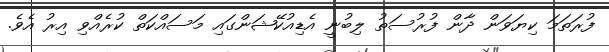
ފުރަތަމަ ކިޔަވަން ދާން ފުރުސަތު ލިބުނީ އެޑިއުކޭޝަންގައި މަސައްކަތް ކުރެއްވި އިރު އެވެ.